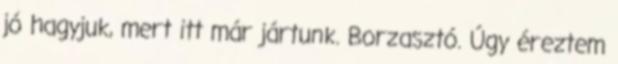
jó hagyjuk, mert itt már jártunk. Borzasztó. Úgy éreztem